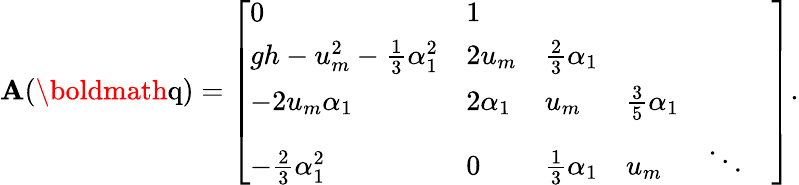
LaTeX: \mathbf{A}(\textrm{\boldmath{q}})=\left[\begin{array}{llllll}{0}&{1}&{}&{}&{}&{}\\ {gh-u_{m}^{2}-\frac{1}{3}\alpha_{1}^{2}}&{2u_{m}}&{\frac{2}{3}\alpha_{1}}&{}&{}&{}\\ {-2u_{m}\alpha_{1}}&{2\alpha_{1}}&{u_{m}}&{\frac{3}{5}\alpha_{1}}&{}&{}\\ {-\frac{2}{3}\alpha_{1}^{2}}&{0}&{\frac{1}{3}\alpha_{1}}&{u_{m}}&{\ddots}&{}\end{array}\right].